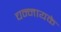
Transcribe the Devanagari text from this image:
चन्नायके